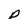
Character: p